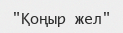
"Қоңыр жел"